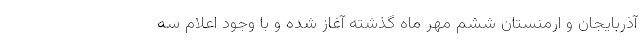
آذربایجان و ارمنستان ششم مهر ماه گذشته آغاز شده و با وجود اعلام سه